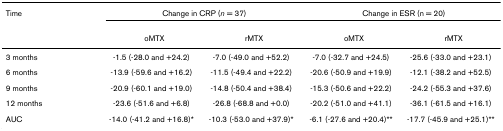
<table><thead><tr><td><b>Time</b></td><td colspan="2"><b>Change in CRP (<i>n </i>= 37)</b></td><td colspan="2"><b>Change in ESR (n = 20)</b></td></tr><tr><td>[EMPTY_CELL]</td><td><b>oMTX</b></td><td><b>rMTX</b></td><td><b>oMTX</b></td><td><b>rMTX</b></td></tr></thead><tbody><tr><td>3 months</td><td>-1.5 (-28.0 and +24.2)</td><td>-7.0 (-49.0 and +52.2)</td><td>-7.0 (-32.7 and +24.5)</td><td>-25.6 (-33.0 and +23.1)</td></tr><tr><td>6 months</td><td>-13.9 (-59.6 and +16.2)</td><td>-11.5 (-49.4 and +22.2)</td><td>-20.6 (-50.9 and +19.9)</td><td>-12.1 (-38.2 and +52.5)</td></tr><tr><td>9 months</td><td>-20.9 (-60.1 and +19.0)</td><td>-14.8 (-50.4 and +38.4)</td><td>-15.3 (-50.6 and +22.2)</td><td>-24.2 (-55.3 and +37.6)</td></tr><tr><td>12 months</td><td>-23.6 (-51.6 and +6.8)</td><td>-26.8 (-68.8 and +0.0)</td><td>-20.2 (-51.0 and +41.1)</td><td>-36.1 (-61.5 and +16.1)</td></tr><tr><td>AUC</td><td>-14.0 (-41.2 and +16.8)*</td><td>-10.3 (-53.0 and +37.9)*</td><td>-6.1 (-27.6 and +20.4)**</td><td>-17.7 (-45.9 and +25.1)**</td></tr></tbody></table>